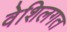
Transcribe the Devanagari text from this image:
वेशिलगत